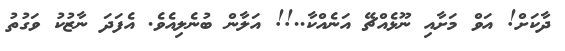
ދާކަށް! އަވް މަށާއި ނޫޅެއްޗޭ އަނެއްކާ..!! އަލާން ބުނެލިއެވެ. އެފަދަ ނާޒުކު ވަގުތު